Tezpur Lunatic Asylum reports 1877-1894 - 1877-1894
Year: 1877
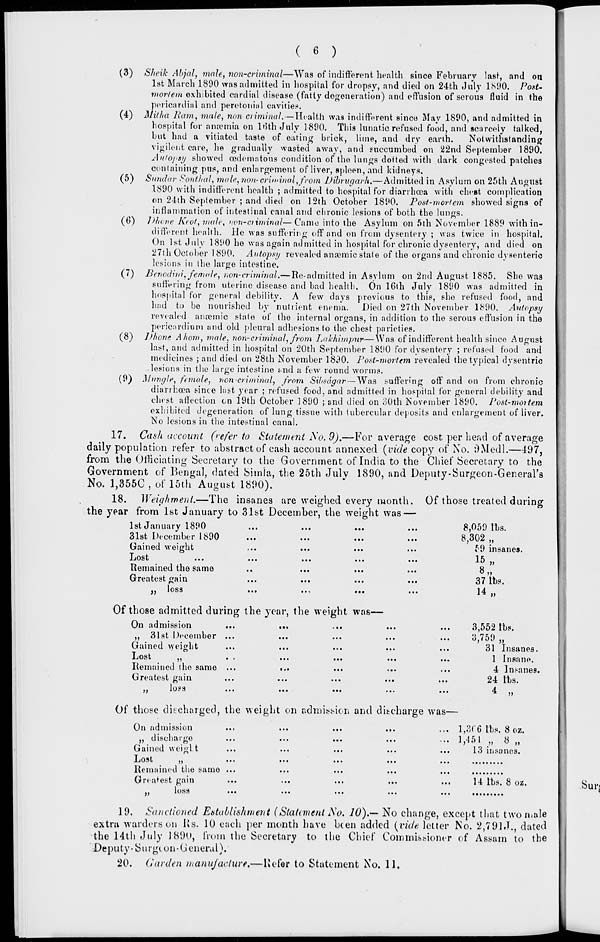
( 6 )
(3) Sheik Abjal, male, non-criminal—Was of indifferent health since February last, and on
1st March 1890 was admitted in hospital for dropsy, and died on 24th July 1890. Post-
mortem exhibited cardial disease (fatty degeneration) and effusion of serous fluid in the
pericardial and peretoniid cavities.
(4) Mitha Ram, male, nan-criminal.—Health was indifferent since May 1890, and admitted in
hospital for anaemia on ltith July 1890. This lunatic refused food, and scarcely talked,
but had a vitiated taste of eating brick, lime, and dry earth.
Nolwithstanding
vigilent care, he gradually wasted away, and succumbed on 22nd September 1890.
Autopsy showed cedemntous condition of the lungs dotted with dark congested patches
containing pus, and enlargement of liver, spleen, and kidneys,
(5) Sundar Sonthal, male, non-criminal,from 'Dtbrugarh.—Admitted in Asylum on 25th August
1890 with indifferent health ; admitted to hospital for diarrhoea with chest complication
on 21th September ; and died on 12th October 181*0. Post-mortem showed signs of
inflammation of intestinal canal and chronic lesions of both the lungs.
(6) Dhone Krot, male, nen-ctiminal—Came into the Asylum on 5th November 1889 with in-
different health. He was suffering off and on from dysentery ; was twice in hospital.
On 1st July 1890 he was again admitted in hospital for chronic dysentery, and died on
27th October 1890. Autopsy revealed ansemic state of the organs and chronic dysenteric
lesions in the largo intestine.
(7) Benodini, female, non-criminal.—Re-admitted in Asylum on 2nd August 1885. She was
suffering from uterine disease and bad health. On 16th July 1890 was admitted in
hospital for general debility. A few days previous to this, she refused food, and
had to bo nourished by nutrient enema. Died on 27th November 1890. Autopsy
revealed anaemic state of the internal organs, in addition to the serous effusion in the
pericardium and old pleural adhesions to the chest parieties.
(8) Dhonc A/iom, male, non-criminal, from Lakhimpur—Was of indifferent health since August
last, and admitted in hospital on 20th September 1800 for dysentery ; refused food and
medicines ; and died on 28th November 1830. Post-mortem revealed the typical dysentrio
lesions in the large intestine Mid a few round worms.
(9) Mangle, fnnale, non-criminal, from Sibsdgar—Was suffering off and on from chronic
diarrhoea since last year ; refused food, and admitted in hospital for general debility and
chest affection en 19th October 1890 ; and died on 30th November 1890. Post-mortem
exhibited degeneration of lung tissue with tubercular deposits and enlargement of liver.
No lesions in the intestinal canal.
17. Cash account (refer to Statement So. 9).—For average cost per head of average
daily population refer to abstract of cash account annexed {vide copy of No. OMedl.—497,
from the Officiating Secretary to the Government of India to the Chief Secretary to the
Government of Bengal, dated Simla, the 25th July 1890, and Deputy-Surgeon-General's
No. 1,3550 , of loth August 1890).
18.
Weighment.—The insanes are weighed every month. Of those treated during
the year from 1st January to 31st December, the weight was —
1st January 1890
...
...
...
...
8,059 lbs.
31st December 1890
...
...
...
...
8,302,,
Gained weight
...
...
...
...
M) insanes.
JJOSL
...
...
...
...
...
J-0 ,,
Remained the same
..
...
...
...
8,,
Greatest gain
...
...
...
...
37 lbs.
,.
JOS3
*••
t»i
•••
•••
14 j.
Of those admitted during the year, the weight was—
On admission
...
...
...
...
...
3,552 lbs.
,, 31st December ...
...
...
...
...
3,759 ,,
Gained weight
...
...
...
...
...
31 Insanes.
Lost
,,
. .
...
...
...
...
1 Insane.
Remained the same ...
...
...
...
...
4 Insanes.
Greatest gain
...
...
...
...
...
24 lbs.
..
iOSS
IM
•••
•••
•••
•••
4
• •
Of those discharged, the weight on admission and discharge was—
On admission
...
...
...
...
... 1,3(6 lbs. 8 oz.
,, discharge
...
...
...
...
... 1,451 ,, 8 ,,
Gained weight
...
...
...
...
...
13 insanes.
J_jOSt
.,
**•
.**
...
...
...
.........
Remained the same ...
...
...
...
...
Greatest gain
...
...
...
...
...
14 lbs. 8 oz.
..
loss
•••
*••
• • •
• • •
•••
•••••••••
19. Sanctioned Establishment (Statement No. 10).— No change, except that two male
extra warders on Its. 10 each per month have been added [vide letter fto. 2,79lJ., dated
the 14th July 1890, from the Secretary to the Chief Commissioner of Assam to the
Deputy-Surge on-General).
20. Garden manufacture*—Refer to Statement No. 11.
Su
'■;